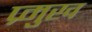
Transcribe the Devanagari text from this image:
प्र्मुख